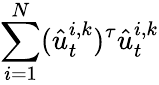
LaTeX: \sum_{i=1}^{N}(\hat{u}_{t}^{i,k})^{\tau}\hat{u}_{t}^{i,k}